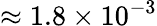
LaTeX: \approx 1.8\times 10^{-3}